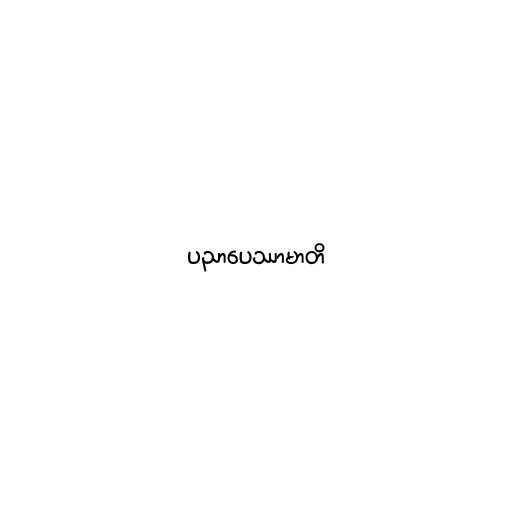
ပညာပေဿာမာတိ